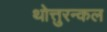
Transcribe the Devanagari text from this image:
थोत्तुरन्कल